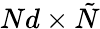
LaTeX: Nd\times\tilde{N}